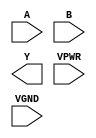
module sky130_fd_sc_hs__nand2 (
    //# {{data|Data Signals}}
    input  A   ,
    input  B   ,
    output Y   ,

    //# {{power|Power}}
    input  VPWR,
    input  VGND
);
endmodule